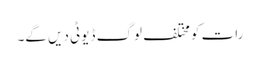
رات کو مختلف لوگ ڈیوٹی دیں گے۔